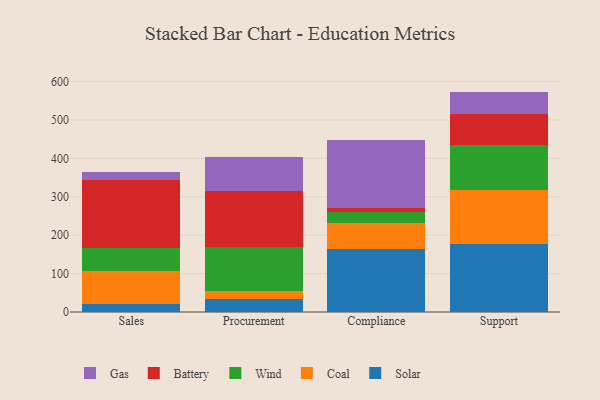
{"axis": {"x": "Department", "y": "Humidity (%)"}, "legend": ["Battery", "Coal", "Gas", "Solar", "Wind"], "data": [{"x": "Sales", "y": 20.3, "type": "Solar"}, {"x": "Sales", "y": 86.2, "type": "Coal"}, {"x": "Sales", "y": 60.3, "type": "Wind"}, {"x": "Sales", "y": 177.4, "type": "Battery"}, {"x": "Sales", "y": 20.1, "type": "Gas"}, {"x": "Procurement", "y": 34.0, "type": "Solar"}, {"x": "Procurement", "y": 21.5, "type": "Coal"}, {"x": "Procurement", "y": 114.3, "type": "Wind"}, {"x": "Procurement", "y": 146.1, "type": "Battery"}, {"x": "Procurement", "y": 88.9, "type": "Gas"}, {"x": "Compliance", "y": 163.1, "type": "Solar"}, {"x": "Compliance", "y": 67.9, "type": "Coal"}, {"x": "Compliance", "y": 28.3, "type": "Wind"}, {"x": "Compliance", "y": 12.8, "type": "Battery"}, {"x": "Compliance", "y": 174.7, "type": "Gas"}, {"x": "Support", "y": 178.1, "type": "Solar"}, {"x": "Support", "y": 139.2, "type": "Coal"}, {"x": "Support", "y": 117.2, "type": "Wind"}, {"x": "Support", "y": 81.3, "type": "Battery"}, {"x": "Support", "y": 58.2, "type": "Gas"}]}